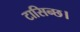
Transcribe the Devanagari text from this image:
टासिन्छ।